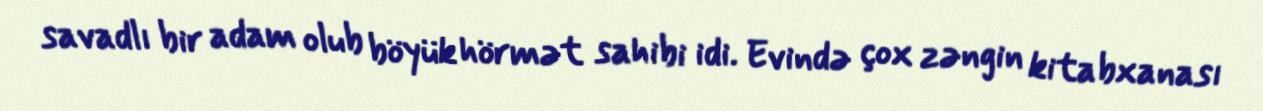
savadlı bir adam olub böyük hörmət sahibi idi. Evində çox zəngin kitabxanası